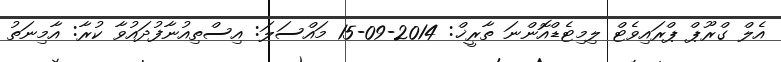
އެލް ގްރޫޕް ޕްރައިވެޓް ލިމިޓެޑްއޮންނަ ތާރީޚް: 2014-09-15 މައްސަލަ: އިސްތިއުނާފުދައުވާ ކުރާ: އާމިނަތު